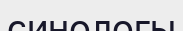
синологы